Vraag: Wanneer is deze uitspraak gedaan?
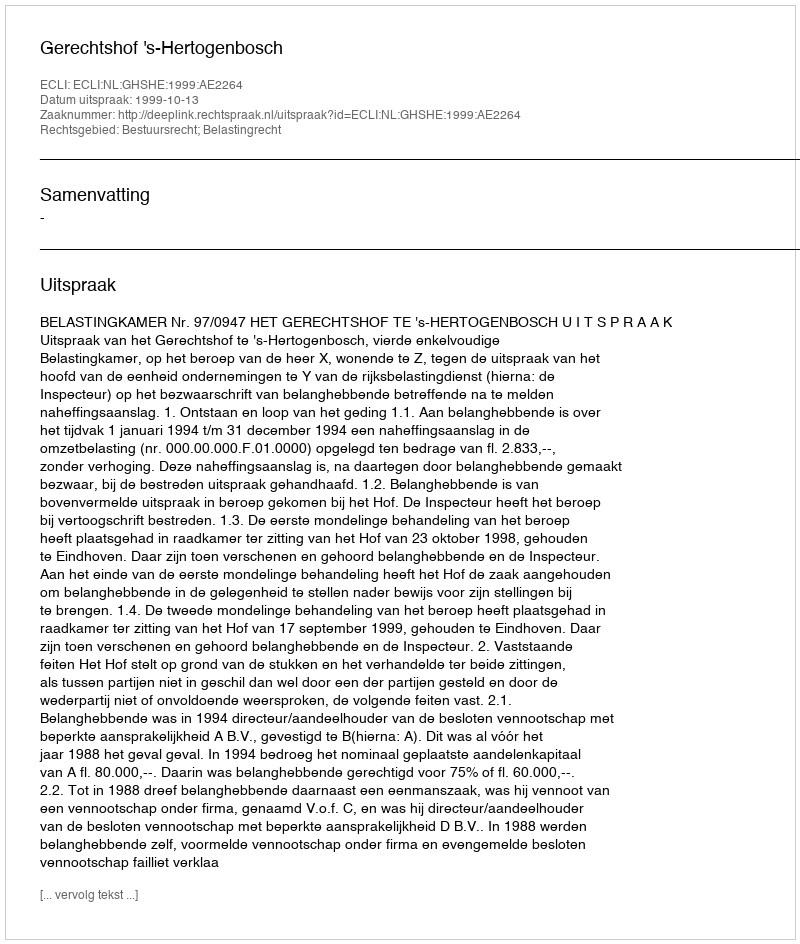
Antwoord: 1999-10-13